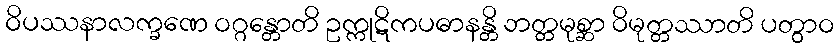
ဝိပဿနာလက္ခဏေ ဝဂ္ဂန္တောတိ ဥက္ကုဋိကပဓာနန္တိ ဘတ္တမုစ္ဆာ ဝိမုတ္တဿာတိ ပတွာဝ